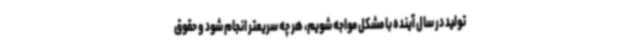
تولید در سال آینده با مشکل مواجه شویم، هر چه سریعتر انجام شود و حقوق